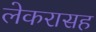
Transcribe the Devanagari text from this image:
लेकरासह